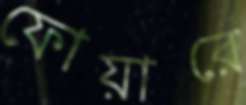
ফোয়ারে